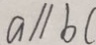
a / / b c